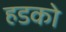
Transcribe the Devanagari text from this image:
हडको